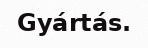
Gyártás.